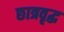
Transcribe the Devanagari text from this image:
छात्रवृद्ध